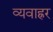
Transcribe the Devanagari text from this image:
व्यवाह्रर